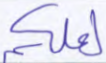
لعلكم